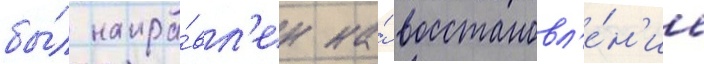
бы́л напра́вл'ен на́ восстановл'е́н'ие